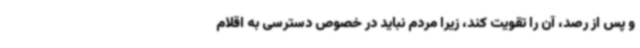
و پس از رصد، آن را تقویت کند، زیرا مردم نباید در خصوص دسترسی به اقلام